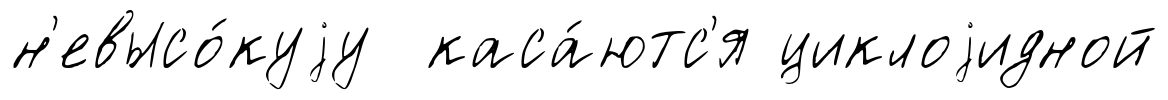
н'евысо́куjу каса́ютс'я циклоjидной